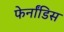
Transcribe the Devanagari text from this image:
फेर्नांडिस